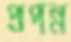
প্রপন্ন